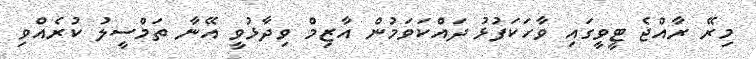
މިރޭ ރާއްޖެ ޓީވީގައި ވާހަކަފުޅު ދައްކަވަމުން އާޒިމް ވިދާޅުވީ އޭނާ ތަމްސީލު ކުރެއްވި